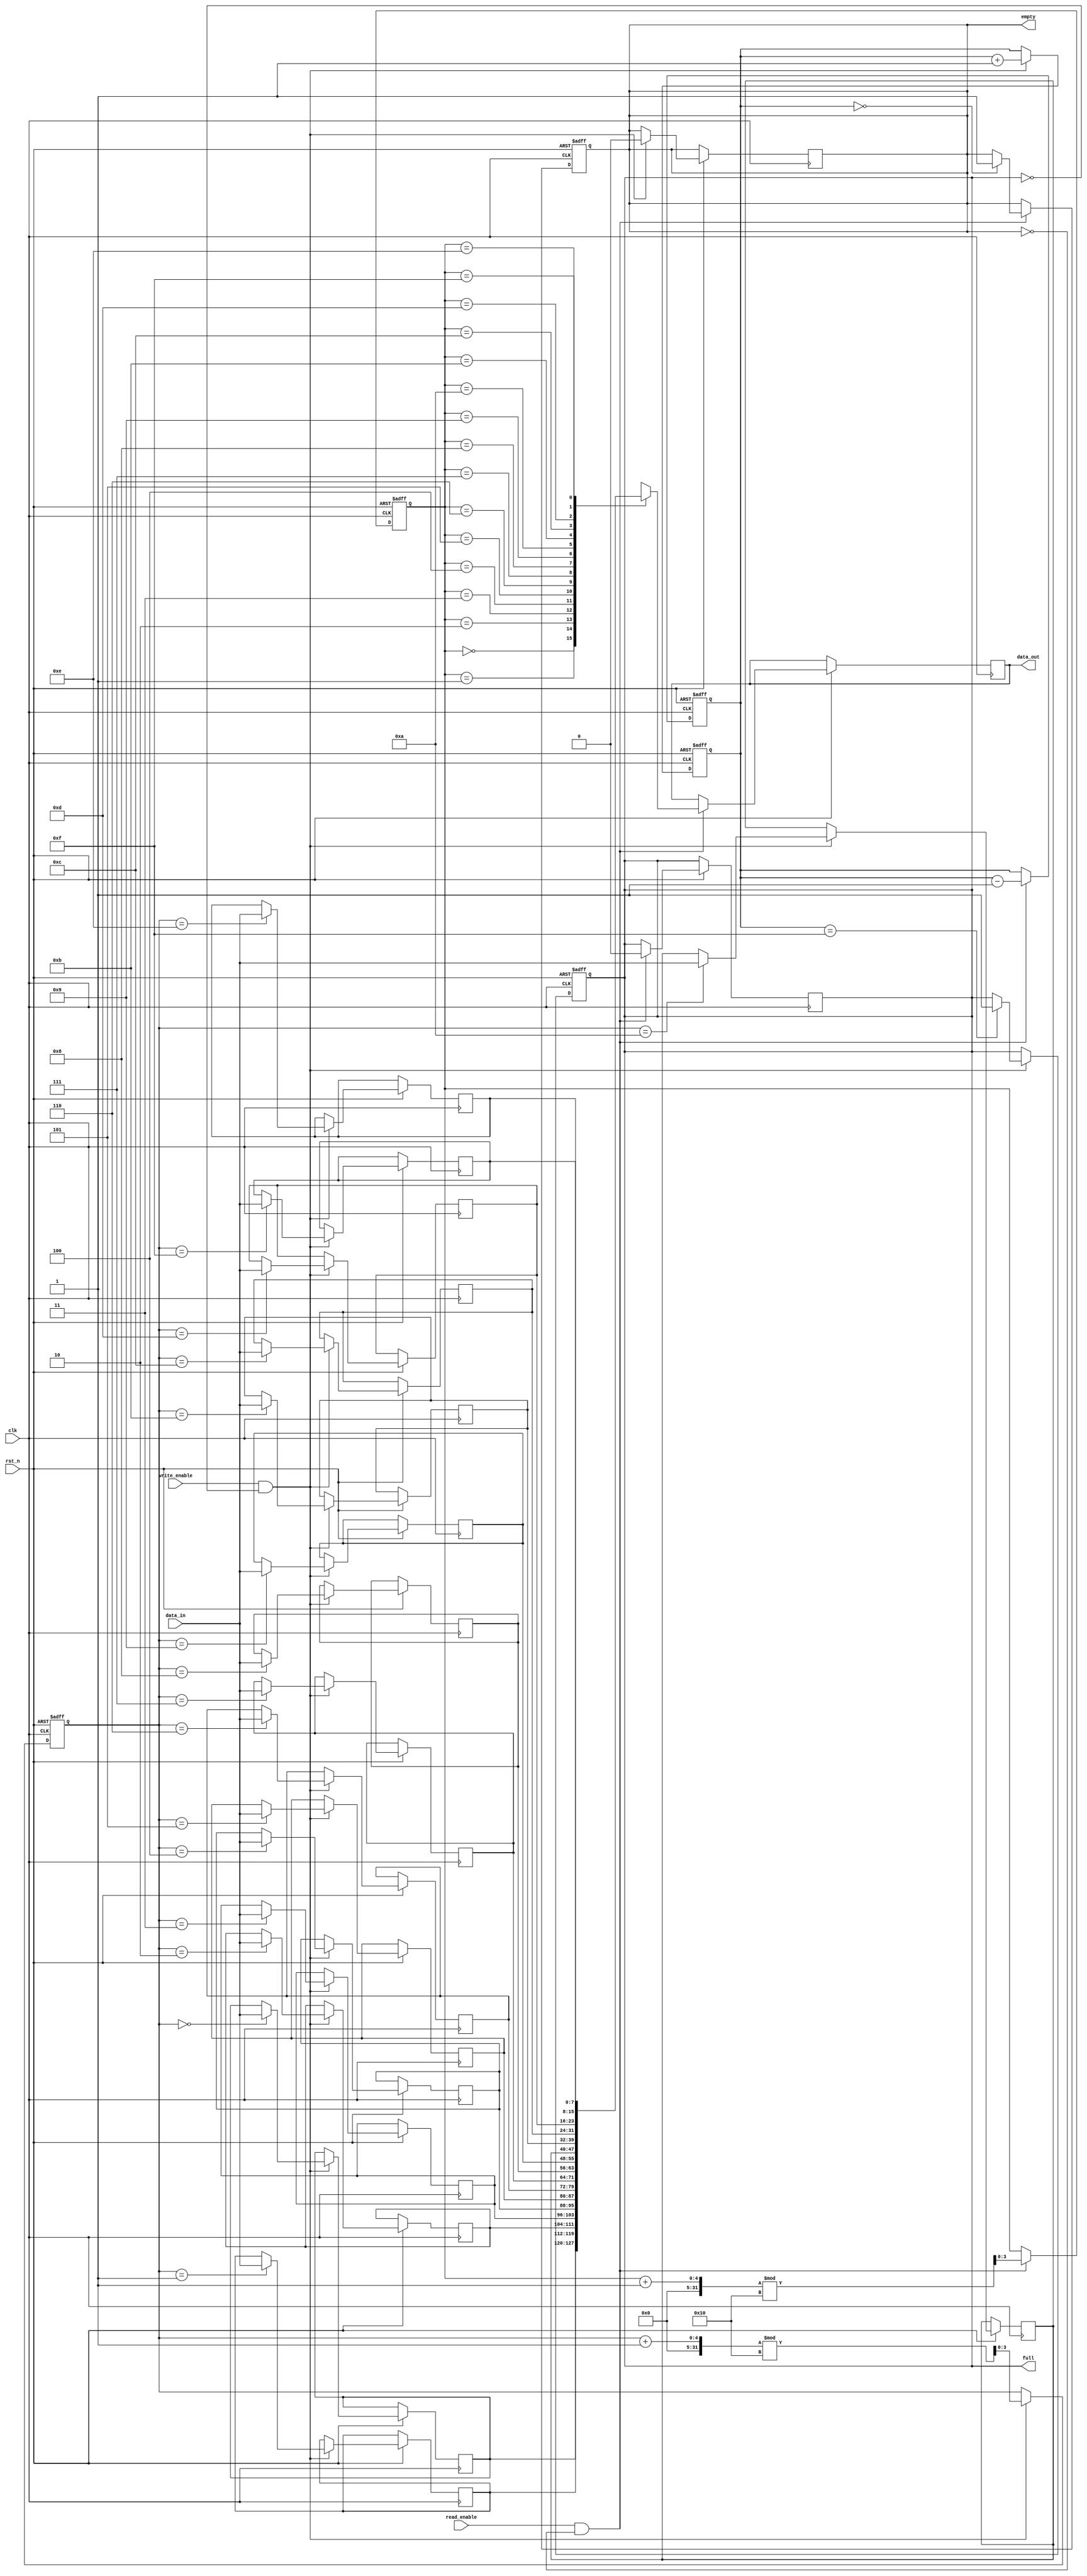
module parameterized_fifo #(
    parameter DATA_WIDTH = 8,         // Width of each entry
    parameter FIFO_DEPTH = 16          // Depth of the FIFO
) (
    input wire clk,                    // Clock signal
    input wire rst_n,                  // Active-low reset signal
    input wire write_enable,           // Write enable signal
    input wire read_enable,            // Read enable signal
    input wire [DATA_WIDTH-1:0] data_in, // Input data to be written
    output reg [DATA_WIDTH-1:0] data_out, // Output data read from the FIFO
    output reg full,                   // FIFO full flag
    output reg empty                   // FIFO empty flag
);

    // Internal parameters
    localparam ADDR_WIDTH = $clog2(FIFO_DEPTH); // Address width for pointers

    // Memory array
    reg [DATA_WIDTH-1:0] fifo_memory [0:FIFO_DEPTH-1];

    // Read and write pointers
    reg [ADDR_WIDTH-1:0] read_pointer = 0;
    reg [ADDR_WIDTH-1:0] write_pointer = 0;

    // FIFO operational signals
    reg [ADDR_WIDTH:0] count; // Count of current entries in FIFO

    // Initial conditions
    initial begin
        full = 0;
        empty = 1;
        count = 0;
    end

    // Write operation
    always @(posedge clk or negedge rst_n) begin
        if (!rst_n) begin
            write_pointer <= 0;
            full <= 0;
            count <= 0;
        end else if (write_enable && !full) begin
            fifo_memory[write_pointer] <= data_in; // Write data
            write_pointer <= (write_pointer + 1) % FIFO_DEPTH; // Increment write pointer
            count <= count + 1; // Update entry count
            
            // Update full and empty flags
            if (count == FIFO_DEPTH - 1) begin
                full <= 1;
            end
            empty <= 0;
        end
    end

    // Read operation
    always @(posedge clk or negedge rst_n) begin
        if (!rst_n) begin
            read_pointer <= 0;
            empty <= 1;
            count <= 0;
        end else if (read_enable && !empty) begin
            data_out <= fifo_memory[read_pointer]; // Read data
            read_pointer <= (read_pointer + 1) % FIFO_DEPTH; // Increment read pointer
            count <= count - 1; // Update entry count
            
            // Update full and empty flags
            if (count == 0) begin
                empty <= 1;
            end
            full <= 0;
        end
    end

endmodule